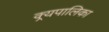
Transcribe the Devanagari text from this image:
क्र्यपालिका